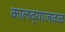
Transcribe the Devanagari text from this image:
कालव्याजवळ